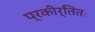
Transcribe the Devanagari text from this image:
प्रकीर्तितः